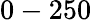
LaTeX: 0-250